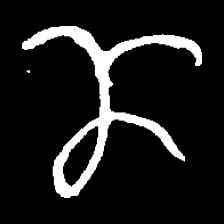
Pyu character \u2014 Myanmar letter: ဏ (romanized: nna)